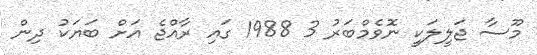
މޫސާ ޖަލީލަކީ ނޮވެމްބަރު 3 1988 ގައި ރާއްޖެ އަށް ބަޔަކު ދިން